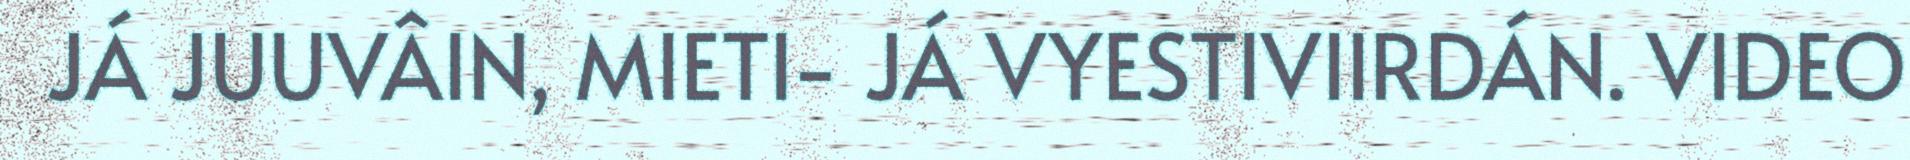
JÁ JUUVÂIN, MIETI- JÁ VYESTIVIIRDÁN. VIDEO